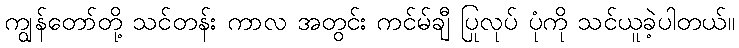
ကျွန်တော်တို့ သင်တန်း ကာလ အတွင်း ကင်မ်ချီ ပြုလုပ် ပုံကို သင်ယူခဲ့ပါတယ်။